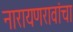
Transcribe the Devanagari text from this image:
नारायणरावांचा